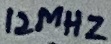
Text: 12MHz